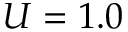
U = 1 . 0